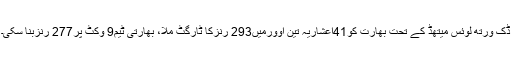
ڈک ورتھ لوئس میتھڈ کے تحت بھارت کو41اعشاریہ تین اوورمیں293 رنزکا ٹارگٹ ملا، بھارتی ٹیم9 وکٹ پر277 رنزبنا سکی۔